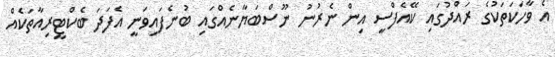
އެ ވާހަކަތަކުގެ ރައްދުގައި ކޭއެފްސީ އިން ނެރުނު ނޫސްބަޔާނެއްގައި ބުނެފައިވަނީ އެފަދަ ބެކްޓީރިއާތަކެއް